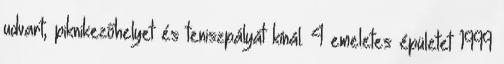
udvart, piknikezőhelyet és teniszpályát kínál. 4 emeletes épületet 1999